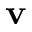
\mathbf { v }